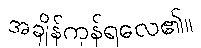
အချိန်ကုန်ရလေ၏။